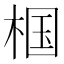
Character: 椢